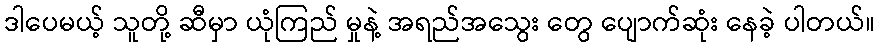
ဒါပေမယ့် သူတို့ ဆီမှာ ယုံကြည် မှုနဲ့ အရည်အသွေး တွေ ပျောက်ဆုံး နေခဲ့ ပါတယ်။